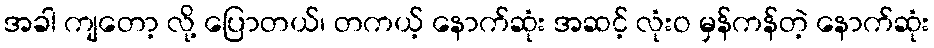
အခါ ကျတော့ လို့ ပြောတယ်၊ တကယ့် နောက်ဆုံး အဆင့် လုံးဝ မှန်ကန်တဲ့ နောက်ဆုံး